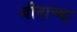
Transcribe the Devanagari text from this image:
जीनाच्या